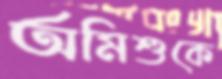
অমিশুকে